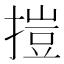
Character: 㨟